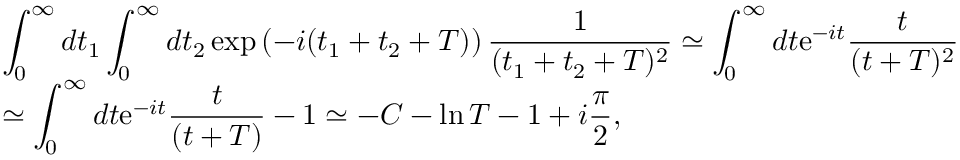
\begin{array} { l l } { { \displaystyle { \int _ { 0 } ^ { \infty } d t _ { 1 } \int _ { 0 } ^ { \infty } d t _ { 2 } \exp \left( - i ( t _ { 1 } + t _ { 2 } + T ) \right) \frac { 1 } { ( t _ { 1 } + t _ { 2 } + T ) ^ { 2 } } \simeq \int _ { 0 } ^ { \infty } d t \mathrm { e } ^ { - i t } \frac { t } { ( t + T ) ^ { 2 } } } } } \\ { { \displaystyle { \simeq \int _ { 0 } ^ { \infty } d t \mathrm { e } ^ { - i t } \frac { t } { ( t + T ) } - 1 \simeq - C - \ln T - 1 + i \frac { \pi } { 2 } } , } } \end{array}